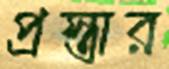
প্রস্তার